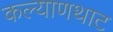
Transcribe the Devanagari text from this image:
कल्याणथाट